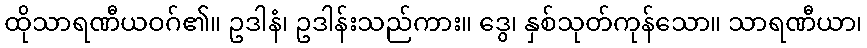
ထိုသာရဏီယဝဂ်၏။ ဥဒါနံ၊ ဥဒါန်းသည်ကား။ ဒွေ၊ နှစ်သုတ်ကုန်သော။ သာရဏီယာ၊